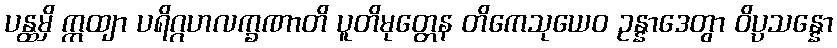
ပန္ထမှိ ဣထျာ ပရိဂ္ဂဟလက္ခဏာတိ ပူတိမုတ္တေန တိကေသုယေဝ ဥန္နာဒေတွာ ဝိပ္ပသန္နော